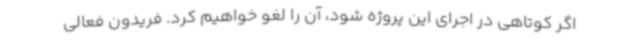
اگر کوتاهی در اجرای این پروژه شود، آن را لغو خواهیم کرد. فریدون فعالی